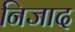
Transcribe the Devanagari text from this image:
निजाद